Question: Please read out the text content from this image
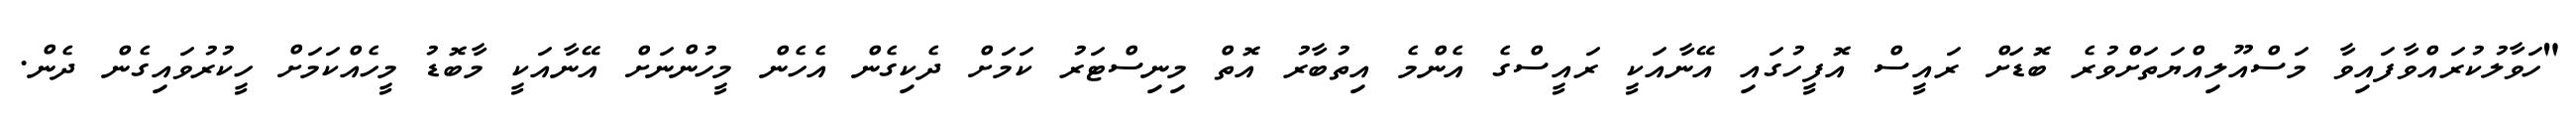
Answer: "ހަވާލުކުރައްވާފައިވާ މަސްއޫލިއްޔަތަށްވުރެ ބޮޑަށް ރައީސް އޮފީހުގައި އޭނާއަކީ ރައީސްގެ އެންމެ އިތުބާރު އޮތް މިނިސްޓަރު ކަމަށް ދެކިގެން އެހެން މީހުންނަށް އޭނާއަކީ މާބޮޑު މީހެއްކަމަށް ހީކުރުވައިގެން ދެން.